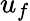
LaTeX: u_{f}